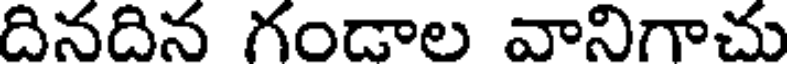
దినదిన గండాల వానిగాచు